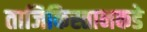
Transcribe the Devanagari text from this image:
ताजिकिस्तानकडे